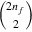
\binom { 2 n _ { f } } { 2 }